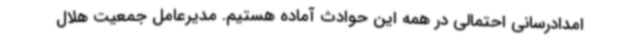
امدادرسانی احتمالی در همه این حوادث آماده هستیم. مدیرعامل جمعیت هلال